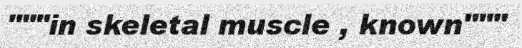
"""in skeletal muscle , known"""